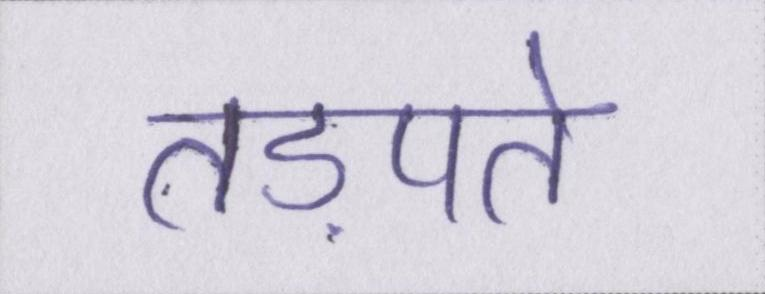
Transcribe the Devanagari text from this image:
तड़पते